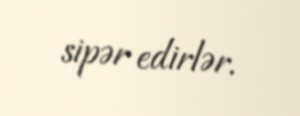
sipər edirlər.